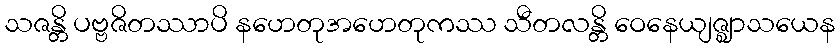
သဇန္တိ ပဗ္ဗဇိတဿာပိ နဟေတုအဟေတုကဿ သီတလန္တိ ဝေနေယျဇ္ဈာသယေန